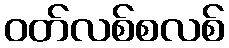
ဝတ်လစ်စလစ်